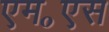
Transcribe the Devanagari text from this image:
एम॰एस